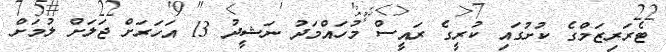
ޓެރަރިޒަމްގެ ކުށުގައި ކުރީގެ ރައީސް މުހައްމަދު ނަޝީދު 13 އަހަރަށް ޖަލަށް ލުމަށް